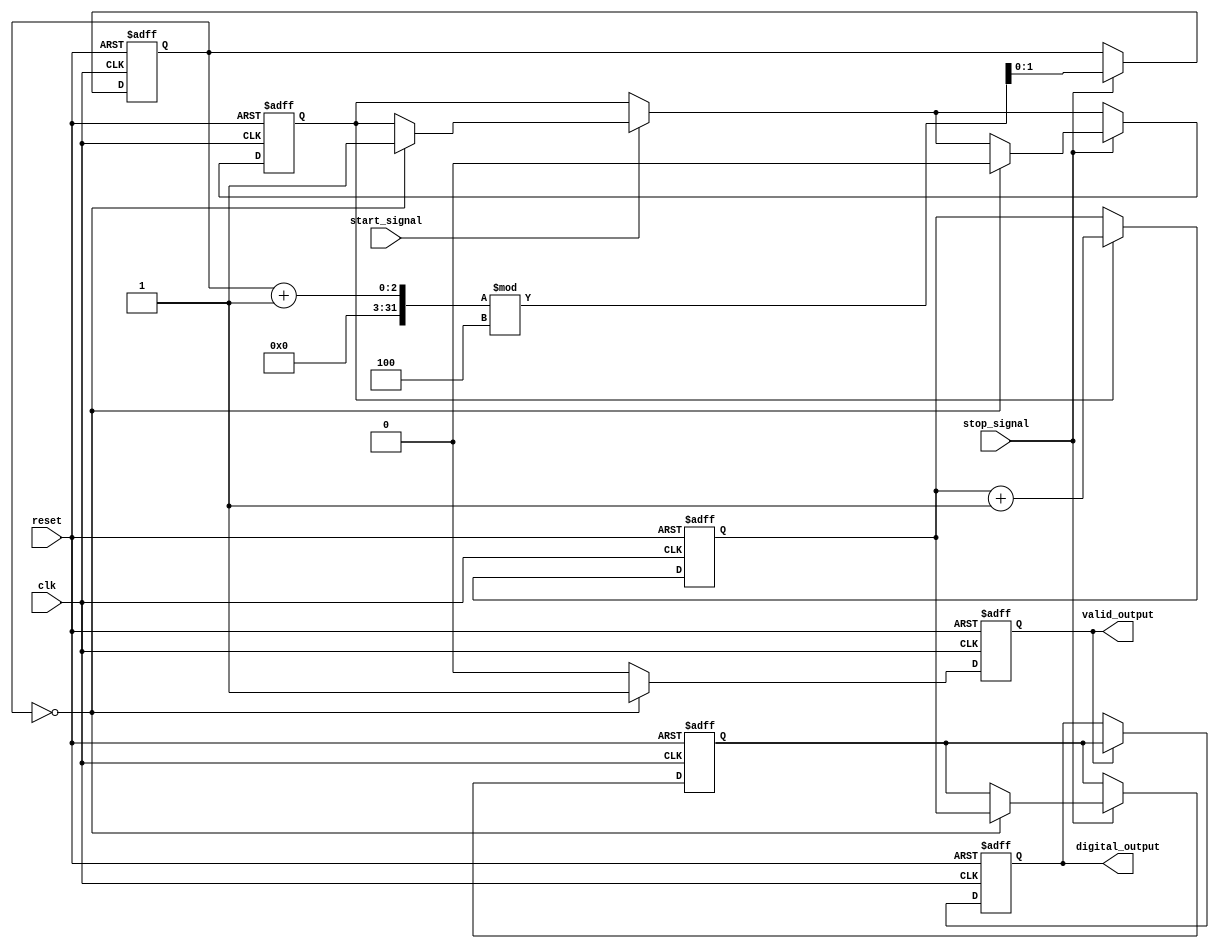
module TDC(
    input wire clk,                   // Sampling clock
    input wire reset,                 // Reset signal
    input wire start_signal,          // Signal indicating the start of measurement
    input wire stop_signal,           // Signal indicating the end of measurement
    output reg [15:0] digital_output, // Final digital output
    output reg valid_output            // Valid output indicator
);
    parameter NUM_CHANNELS = 4;      // Number of TDC channels
    parameter COUNTER_WIDTH = 16;     // Width of the time counter

    // Channel structure
    reg [COUNTER_WIDTH-1:0] time_counter [0:NUM_CHANNELS-1]; // Time counters for each channel
    reg [COUNTER_WIDTH-1:0] time_measurements [0:NUM_CHANNELS-1]; // Memory block for measurements
    reg channel_active [0:NUM_CHANNELS-1]; // Channel active flag
    reg [1:0] current_channel; // Current channel selection for interleaving

    // Initialization
    integer i;
    initial begin
        for (i = 0; i < NUM_CHANNELS; i = i + 1) begin
            time_counter[i] = 0;
            time_measurements[i] = 0;
            channel_active[i] = 0;
        end
        current_channel = 0;
        valid_output = 0;
        digital_output = 0;
    end

    // Sampling and time measurement 
    always @(posedge clk or posedge reset) begin
        if (reset) begin
            // Reset logic
            for (i = 0; i < NUM_CHANNELS; i = i + 1) begin
                time_counter[i] <= 0;
                time_measurements[i] <= 0;
                channel_active[i] <= 0;
            end
            current_channel <= 0;
            valid_output <= 0;
            digital_output <= 0;
        end else begin
            // Start measuring on start signal
            if (start_signal) begin
                channel_active[current_channel] <= 1; // Activate current channel
            end
            
            // Increment time counter for active channels
            for (i = 0; i < NUM_CHANNELS; i = i + 1) begin
                if (channel_active[i]) begin
                    time_counter[i] <= time_counter[i] + 1; // Increment time
                end
            end
            
            // Capture measurements on stop signal
            if (stop_signal) begin
                time_measurements[current_channel] <= time_counter[current_channel]; // Store measurement
                channel_active[current_channel] <= 0; // Deactivate current channel
                current_channel <= (current_channel + 1) % NUM_CHANNELS; // Switch channel
            end

            // Process measurements to generate final digital output
            if (valid_output) begin
                // Example processing logic
                // For simplicity, just taking the first channel measurement
                digital_output <= time_measurements[0];
            end
            
            // Indicate valid output when measurements have been made
            if (current_channel == 0) begin
                valid_output <= 1; // Set valid output flag
            end else begin
                valid_output <= 0; // Clear valid output flag
            end
        end
    end
endmodule